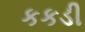
કકડી